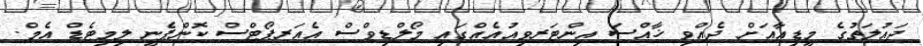
ދައުލަތުގެ މީޑިއާއަށް ދެއްވި ޚާއްސަ އިންޓަރވިއުއެއްގައި މޯލްޑިވްސް އެއަރޕޯޓްސް ކޮންޕެނީ ލިމިޓެޑް އެމް.